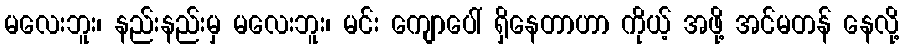
မလေးဘူး၊ နည်းနည်းမှ မလေးဘူး၊ မင်း ကျောပေါ် ရှိနေတာဟာ ကိုယ့် အဖို့ အင်မတန် နေလို့